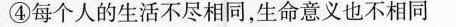
④每个人的生活不尽相同，生命意义也不相同